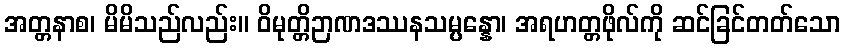
အတ္တနာစ၊ မိမိသည်လည်း။ ဝိမုတ္တိဉာဏဒဿနသမ္ပန္နော၊ အရဟတ္တဖိုလ်ကို ဆင်ခြင်တတ်သော